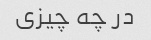
در چه چیزی